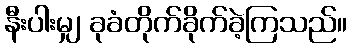
နီးပါးမျှ ခုခံတိုက်ခိုက်ခဲ့ကြသည်။